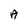
Character: A